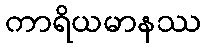
ကာရိယမာနဿ